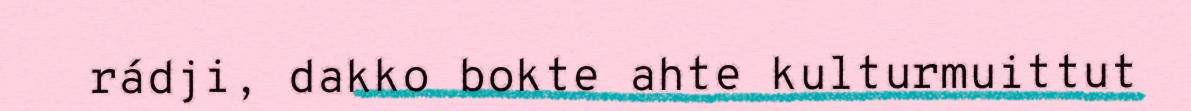
rádji, dakko bokte ahte kulturmuittut